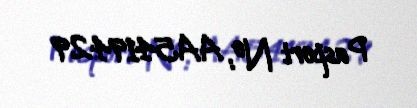
Pasport №: AA5419429